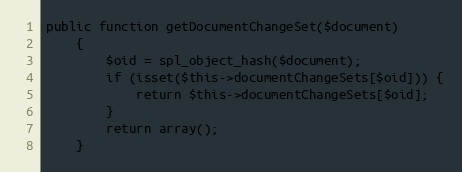
Language: PHP
public function getDocumentChangeSet($document)
    {
        $oid = spl_object_hash($document);
        if (isset($this->documentChangeSets[$oid])) {
            return $this->documentChangeSets[$oid];
        }
        return array();
    }